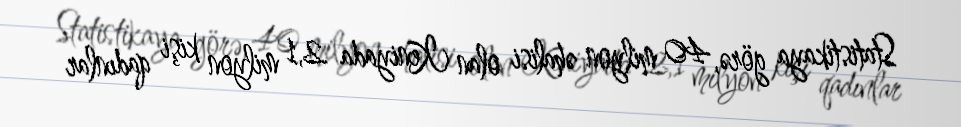
Statistikaya görə, 40 milyon əhalisi olan Keniyada 2,1 milyon kişi qadınlar